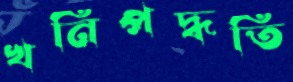
খনিপদ্ধতি